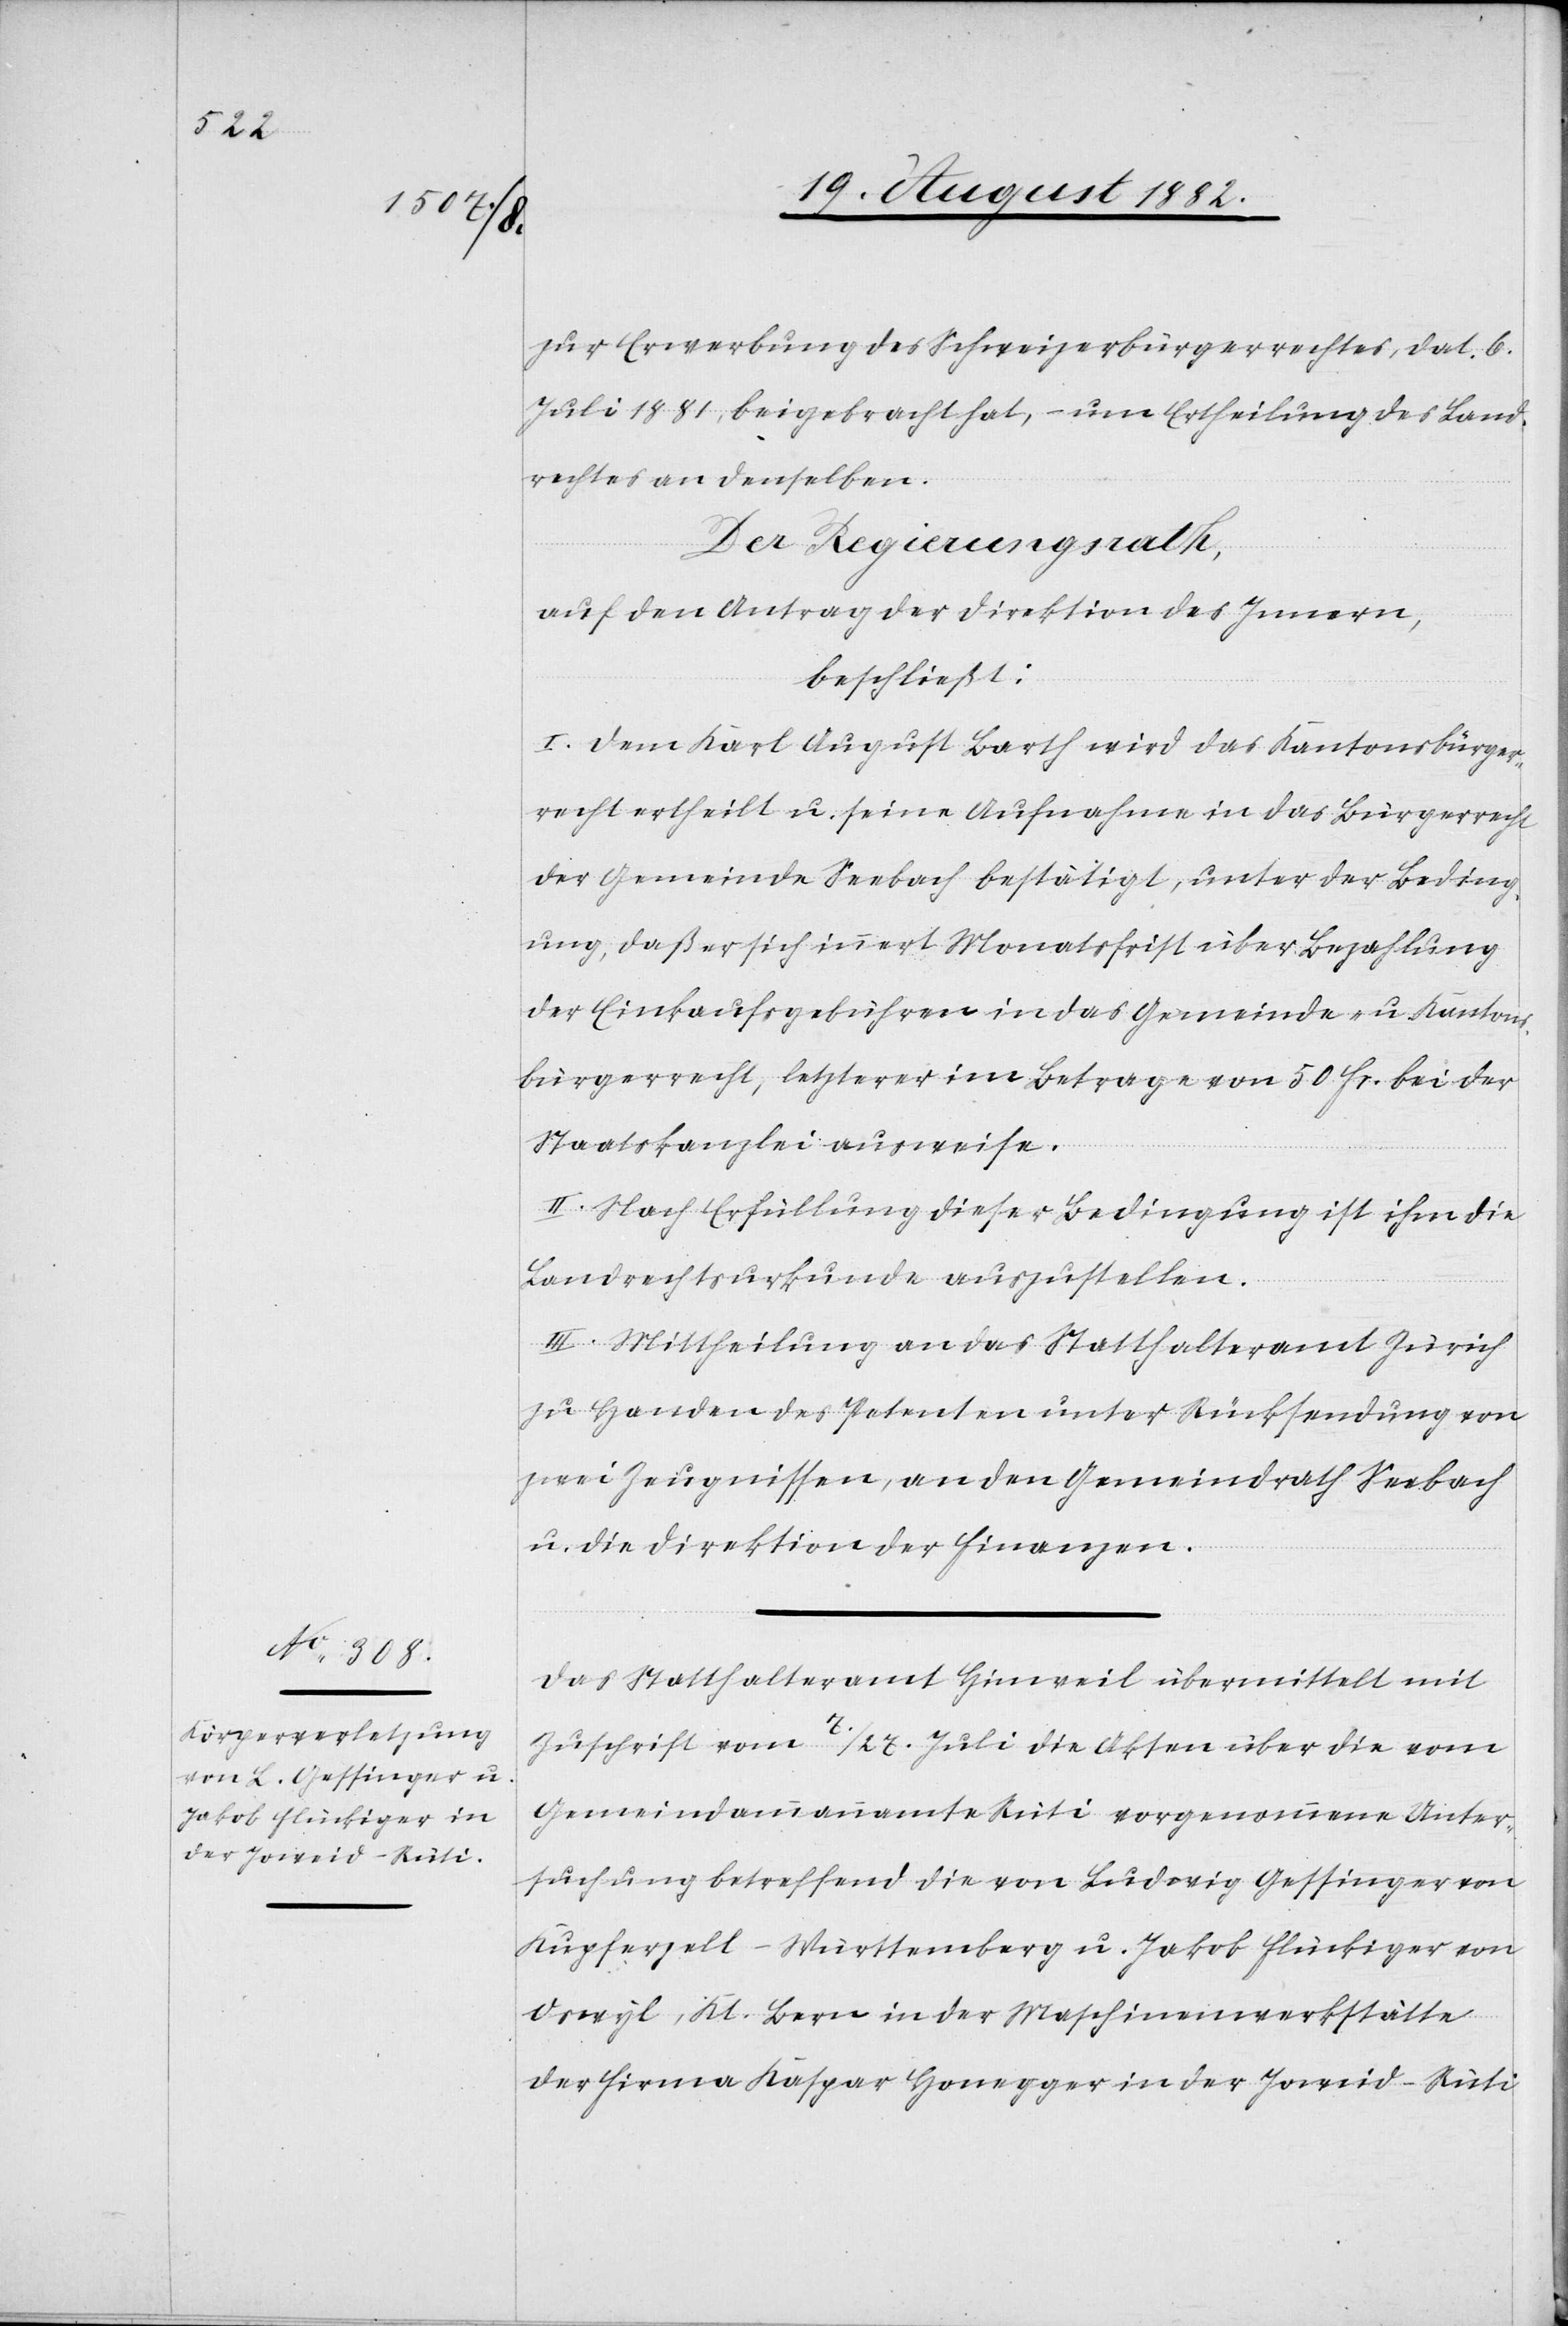
zur Erwerbung des Schweizerbürgerrechtes, dat. 6.
Juli 1881, beigebracht hat, – um Ertheilung des Land¬
rechtes an denselben.
Der Regierungsrath,
auf den Antrag der Direktion des Innern,
beschließt:
I. Dem Karl August Barth wird das Kantonsbürger¬
recht ertheilt u. seine Aufnahme in das Bürgerrecht
der Gemeinde Seebach bestätigt, unter der Beding¬
ung, daß er sich innert Monatsfrist über Bezahlung
der Einkaufsgebühren in das Gemeinde- u. Kantons¬
bürgerrecht, letzteres im Betrage von 50 Fr. bei der
Staatskanzlei ausweise.
II. Nach Erfüllung dieser Bedingung ist ihm die
Landrechtsurkunde auszustellen.
III. Mittheilung an das Statthalteramt Zürich
zu Handen des Petenten unter Rücksendung von
zwei Zeugnissen, an den Gemeindrath Seebach
u. die Direktion der Finanzen.
Das Statthalteramt Hinweil übermittelt mit
Zuschrift vom 7./27. Juli die Akten über die vom
Gemeindammannamte Rüti vorgenommene Unter¬
suchung betreffend die von Ludwig Gessinger von
Kupferzell - Württemberg u. Jakob Flückiger von
Oswyl, Kt. Bern in der Maschinenwerkstätte
der Firma Kaspar Honegger in der Joweid - Rüti